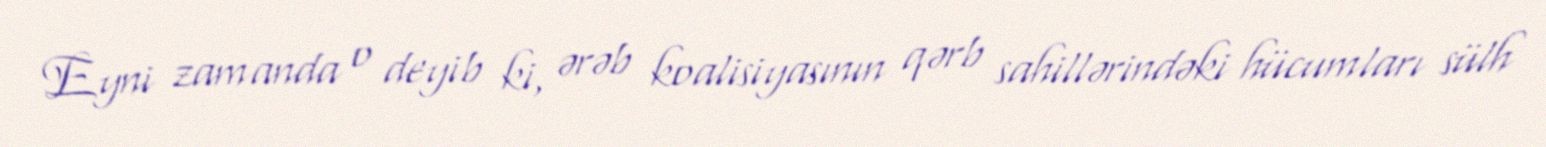
Eyni zamanda o deyib ki, ərəb koalisiyasının qərb sahillərindəki hücumları sülh